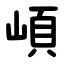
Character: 崸